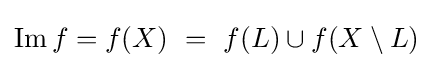
\operatorname {Im} f=f(X)~=~f(L)\cup f(X\setminus L)